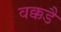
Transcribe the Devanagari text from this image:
वक्कडै